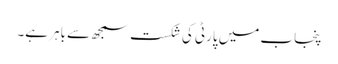
پنجاب میں پارٹی کی شکست سمجھ سے باہر ہے۔